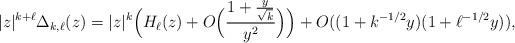
LaTeX: \begin{align*} |z|^{k+\ell} \Delta_{k, \ell}(z) = |z|^k \Big(H_\ell(z) + O\Big(\frac{1 + \frac{y}{\sqrt{k}}}{y^2} \Big) \Big) + O((1 + k^{-1/2} y)(1 + \ell^{-1/2} y)),\end{align*}